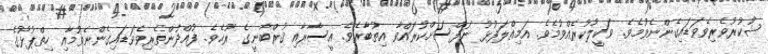
ޝުކުރުވެރިވެވަޑައިގެންނެވުމެވެ. ވަކީލުކުރެއްވުމެވެ. އަމިއްލަފުޅު ނަފްސަށްކުރައްވާ އިތުބާރެވެ. އީސާރާއި ޤުރްބާނީގެ ރޫޙެވެ. ފުއްދުންތެރިވެވަޑައިގެންނެވުމާއި ހިތްޕުޅުގެ